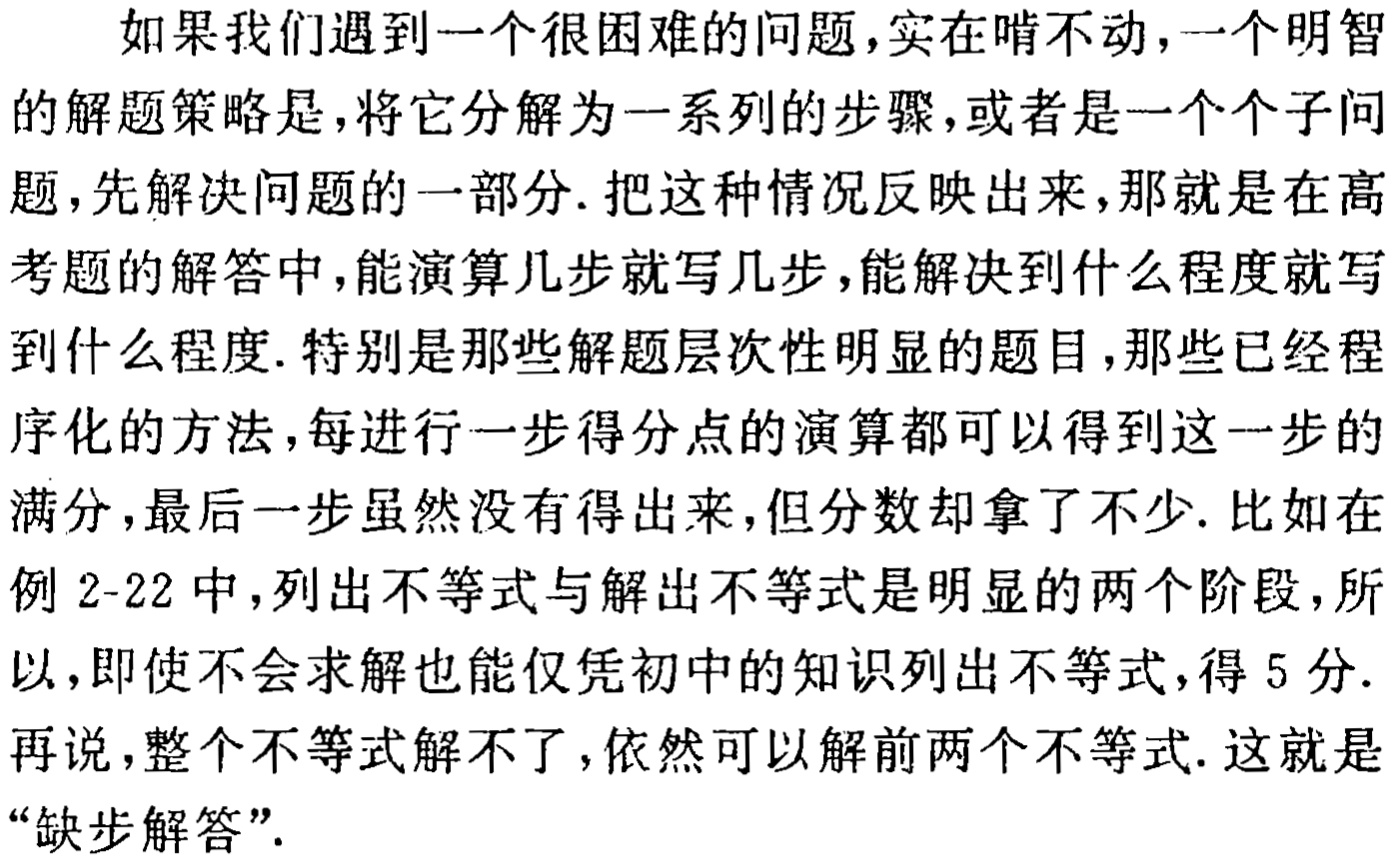
如果我们遇到一个很困难的问题,实在啃不动,一个明智的解题策略是,将它分解为一系列的步骤,或者是一个个子问题,先解决问题的一部分. 把这种情况反映出来,那就是在高考题的解答中,能演算几步就写几步,能解决到什么程度就写到什么程度. 特别是那些解题层次性明显的题目,那些已经程序化的方法,每进行一步得分点的演算都可以得到这一步的满分,最后一步虽然没有得出来,但分数却拿了不少. 比如在例 2-22 中,列出不等式与解出不等式是明显的两个阶段,所以,即使不会求解也能仅凭初中的知识列出不等式,得 5 分. 再说,整个不等式解不了,依然可以解前两个不等式. 这就是“缺步解答”.